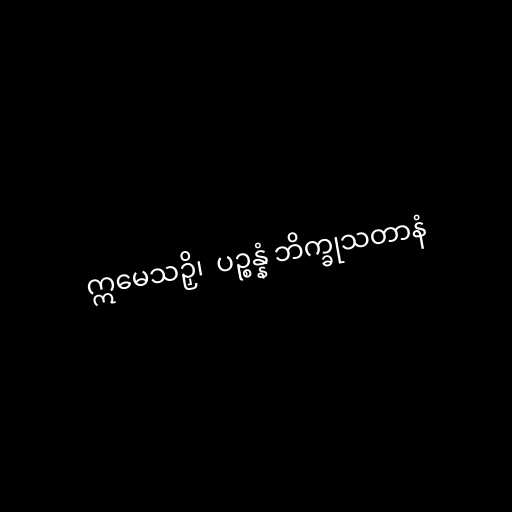
ဣမေသဉှိ၊  ပဉ္စန္နံ ဘိက္ခုသတာနံ